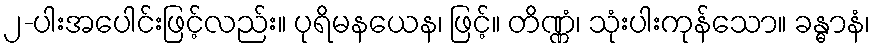
၂-ပါးအပေါင်းဖြင့်လည်း။ ပုရိမနယေန၊ ဖြင့်။ တိဏ္ဏံ၊ သုံးပါးကုန်သော။ ခန္ဓာနံ၊